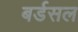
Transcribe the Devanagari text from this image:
बर्डसल